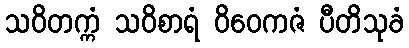
သဝိတက္ကံ သဝိစာရံ ဝိဝေကဇံ ပီတိသုခံ